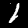
Digit: 1